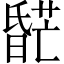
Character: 𬁌